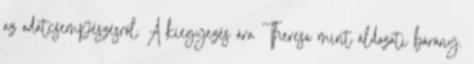
az adatcsempészésről. A kiegyezés ára Theresa mint áldozati bárány.